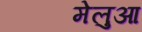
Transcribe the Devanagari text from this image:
मेलुआ